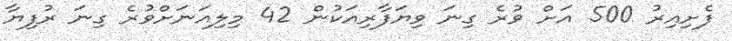
ފެށިއިރު 500 އަށް ވުރެ ގިނަ ވިޔަފާރިއަކުން 42 މިލިއަނަށްވުރެ ގިނަ ރުފިޔާ